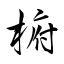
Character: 椨